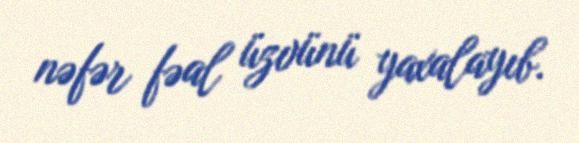
nəfər fəal üzvünü yaxalayıb.